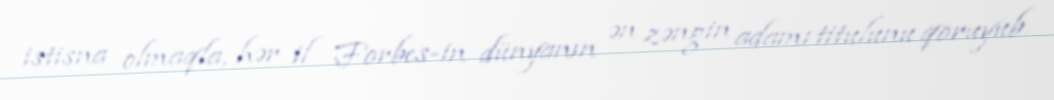
istisna olmaqla, hər il Forbes-in dünyanın ən zəngin adamı titulunu qoruyub.